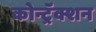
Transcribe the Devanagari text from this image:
कोन्ट्रॅक्शन